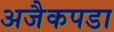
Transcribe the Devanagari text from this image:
अजैकपडा